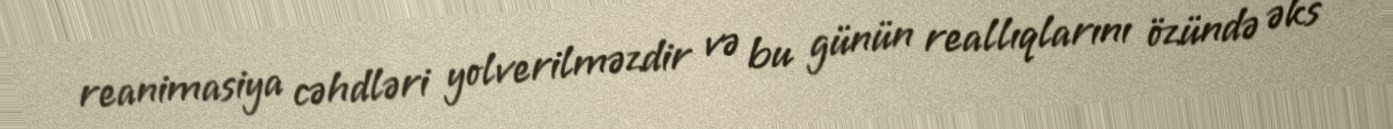
reanimasiya cəhdləri yolverilməzdir və bu günün reallıqlarını özündə əks